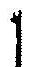
1